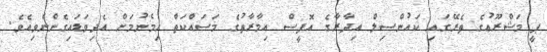
ޕީ މަޝްރޫޢުގެ ތެރޭގައި ކައުންސިލް އިދާރާގެ އޮފީސް އިމާރާތުގެ މަސައްކަތް ހިމެނުމަށް އެދިވަޑަައިގެންނެވިއެވެ.